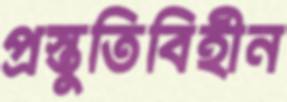
প্রস্তুতিবিহীন